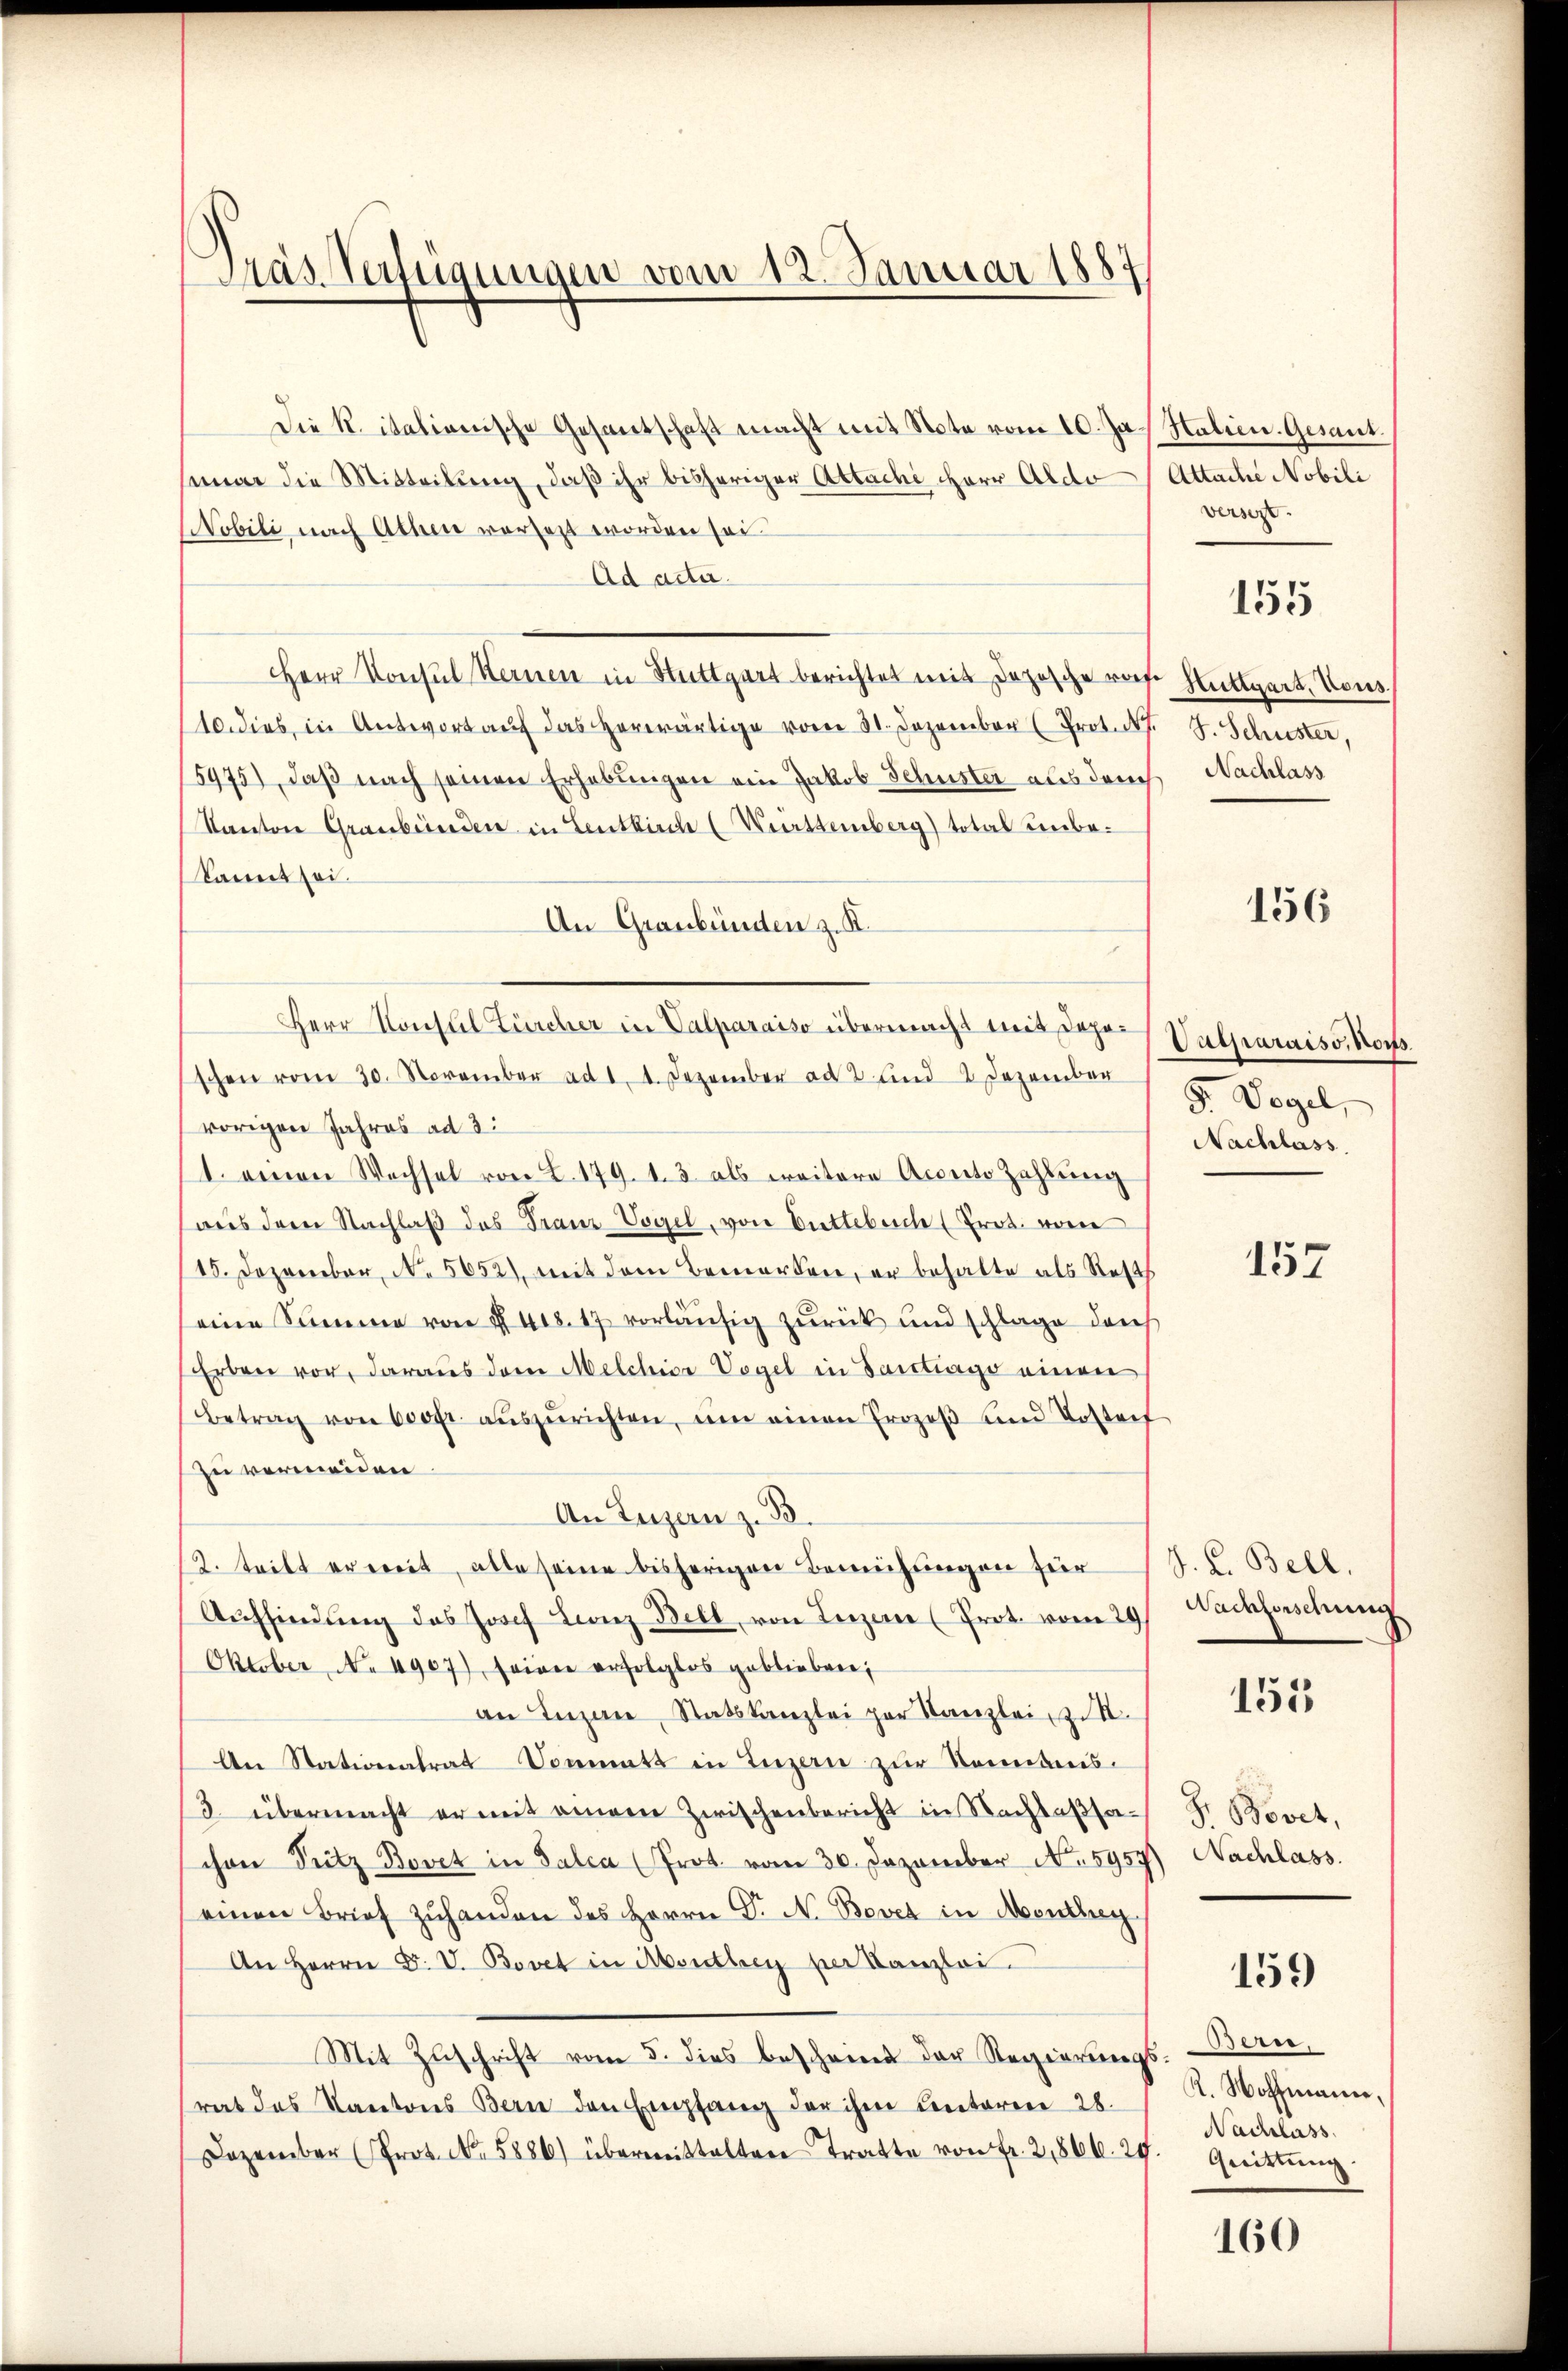
Pras. Verfügungen vom 12. Januar 1887

Die K. italienische Gesandschaft macht mit Note vom 10. Ja. Halien. Gesant.
nuar die Mitteilung, daß ihr bisheriger Attachi Herr Aldo/Attache Nobili
Nobili, nach Athen versetzt worden sei.
Ad acta.
Herr Konsul Kernen in Stuttgart berichtet mit Depesche rof Stuttgart, Vous
10. dies in Antwort aŭf das herwärtige vom 31. Dezember (Prot. d. J. Schuster,
15975), daβ nach seinen Erhebŭngen ein Jakob Schuster als durch Nachlass
Kanton Graubünden in Lentkirche (Württemberg) total unbe¬
(kannt sei.
An Graubünden z. K.
schen vom 30. November ad 1. 1. Dezember ad 2. und 2 Dezember
vorigen Jahres ad 3:
1. einen Wechsel von L. 179. 13 als weitere Accento Zahlung
aus dem Nachlaβ das Franz Vogel, von Buttebrich (Prot. vom
15. Dezember, No. 5652), mit dem Bemerken, er behalte als Rests
eine Summe von § 418. 17 vorläufig zurück und schlage dars
Erben vor, daraus dem Melchior Vogel in Santrage einen
Betrag von 600fr. aŭszŭrichten, ŭm einen Prozeβ und Vorstorf
zu vermeiden.
An Luzern zu 38.
(2. teilt er weit, alte seine bisherigen Bemühungen für
Aŭffindung des Josef Leonz Bell von Leizer (Prot. vom 29
Oktober, No 4907), seiner erfolglos geblieben;
an Luzer, Statskanzlei par Kanzlei zit.
An Stationalrat Donmatt in Luzern zur Romanis-
3. übermacht er mit einem Zwischenbericht in Nachtaβsa-
chen Pritz Bovet in Falca (Prot. vom 30. Dezember No. 5957) Nachlass.
einen Brief zuhanden des Herrn G. N. Bovet in Monthey
An Herrn D. V. Bovet in Abenthey per Kanzlei
Mit Zuschrift vom 5. dies beschrieb der Regierungsrat das Kantons Bern den Empfang der ihm unteren 28.
Dezember (Prot. No. 5886) übermittelten Tratte von Fr. 2,866. 29.

Herr Konsul Zürcher in Valparaiso übermacht mit Depo¬

versezt.

155

156

Casparaiss, Norts.
5. Vogel,
Nachlass

157

J. K. Bell.
Nachforschung

155

F. Bovet,

159

Bern.
K. Wohlmann,
Nachlass
Quittung.

160